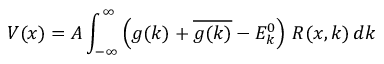
V ( x ) = A \int _ { - \infty } ^ { \infty } \left( g ( k ) + { \overline { { g ( k ) } } } - E _ { k } ^ { 0 } \right) \, R ( x , k ) \, d k